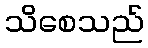
သိစေသည်